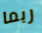
ربما